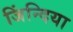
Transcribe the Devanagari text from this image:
जिंन्दिया